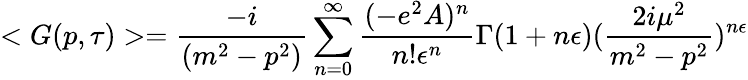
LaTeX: <G(p,\tau)>=\frac{-i}{(m^{2}-p^{2})}\sum_{n=0}^{\infty}\frac{(-e^{2}A)^{n}}{n!\epsilon^{n}}\Gamma(1+n\epsilon)(\frac{2i\mu^{2}}{m^{2}-p^{2}})^{n\epsilon}